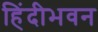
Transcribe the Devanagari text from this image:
हिंदीभवन